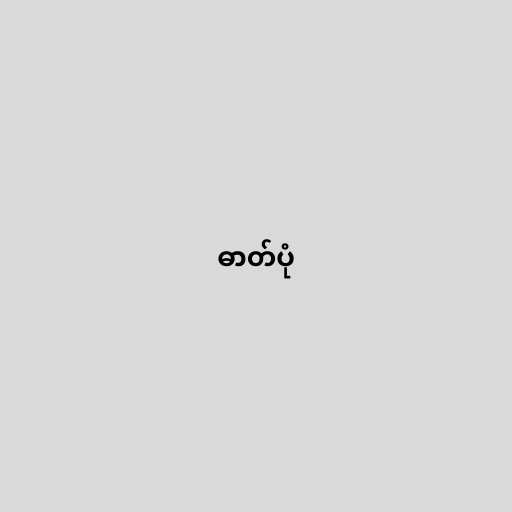
ဓာတ်ပုံ